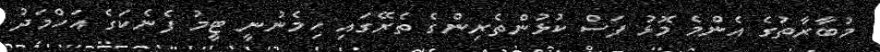
މުބާރާތުގެ އެންމެ މޮޅު ފަސް ކުޅުންތެރިންގެ ތެރޭގައި ހިމެނުނީ ޓީމު ފެނެކަގެ އަހްމަދު